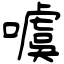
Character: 噳